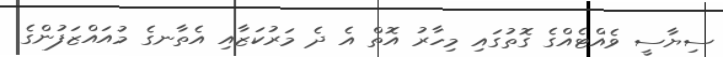
ސިޔާސީ ވެއްޓެއްގެ ގޮތުގައި މިހާރު އޮތް އެ ދެ މަރުކަޒާއި އެތާނގެ މުއައްޒަފުންގެ